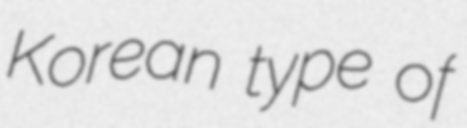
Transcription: Korean type of